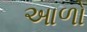
આળો